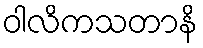
ဝါလိကသတာနိ